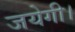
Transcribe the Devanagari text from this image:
जयेगी।